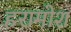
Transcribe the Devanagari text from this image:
हरामोश